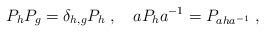
LaTeX: \begin{align*}P_hP_g=\delta_{h,g}P_h\; ,\quad aP_h a^{-1}=P_{aha^{-1}}\; ,\end{align*}